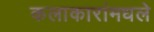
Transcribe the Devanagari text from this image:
कलाकारांमधले